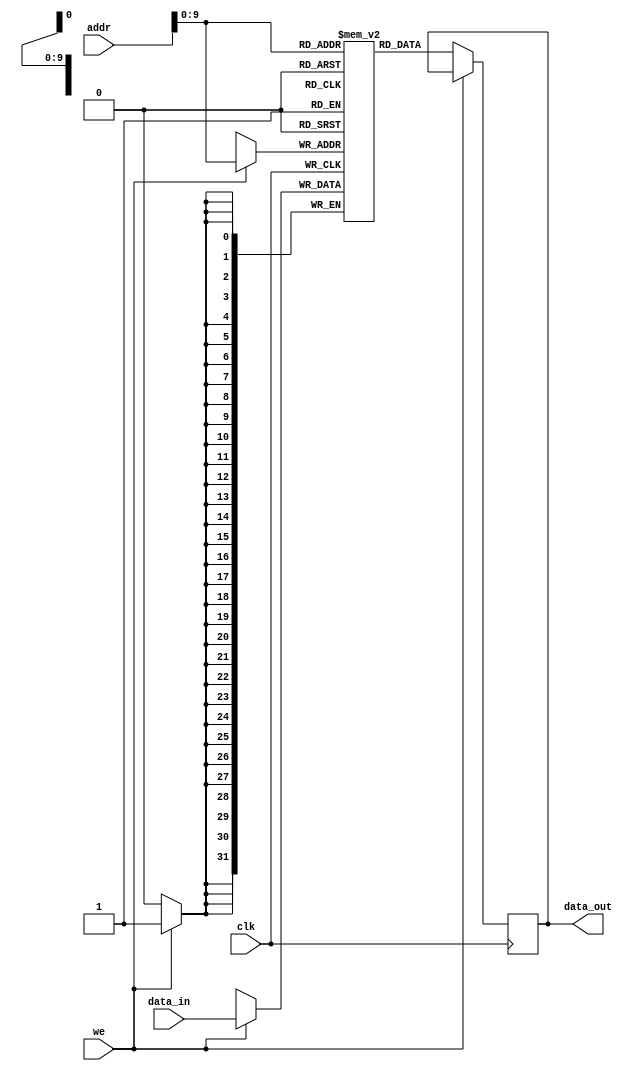
module DataMemory (
	clk, 			// clock da memoria
	addr, 		// input de endereço
	data_in, 	// input de dados 
	we, 			// write enable
	data_out);	// output de dados 
		
	//----- Parametros -----	
	
	parameter SIZE = 32;			// tamanho da palavra 
	parameter MEM_SIZE = 1024;	// tamanho da memória 
	parameter OFFSET = 4'hA00; // Offset do grupo 2: (2*500)h = A00h 
	
	//----- Portas In -----
	
	input clk, we;
	input [SIZE - 1 : 0] addr;
	input [SIZE - 1 : 0] data_in;
	
	//----- Portas Out -----
	
	output reg [SIZE - 1 : 0] data_out;
	
	//----- Variaveis Internas -----
	
	reg[SIZE - 1 : 0] MemDados [0 : MEM_SIZE - 1];	// memoria de 1024 endereços com tamanho de 32 bits para cada palavra
	
	
	//----- Alocação da Memória -----
	integer i;
	
	initial begin
		//limpa toda a memória
		for (i = 0; i <  MEM_SIZE - 1; i = i+1) begin
			MemDados[i] = 0;
		end
		
		//aloca valores A=2001, B=4001, C=5001 e D=3001 (todos em decimal)
		MemDados[OFFSET+0] = 2001; //A
		MemDados[OFFSET+1] = 4001; //B
		MemDados[OFFSET+2] = 5001; //C
		MemDados[OFFSET+3] = 3001; //D
		
	end
	
	//----- Código -----
	
	always @(posedge clk) begin
		if(we == 1)
			MemDados[addr] <= data_in;
		else
		if (we == 0)
			data_out <= MemDados[addr];
	end
	
endmodule